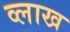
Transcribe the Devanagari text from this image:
व्लाख